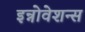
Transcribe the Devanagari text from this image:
इन्नोवेशन्स